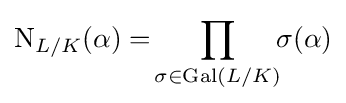
\operatorname {N} _{L/K}(\alpha )=\!\prod _{\sigma \in \operatorname {Gal} (L/K)}\!\!\sigma (\alpha )